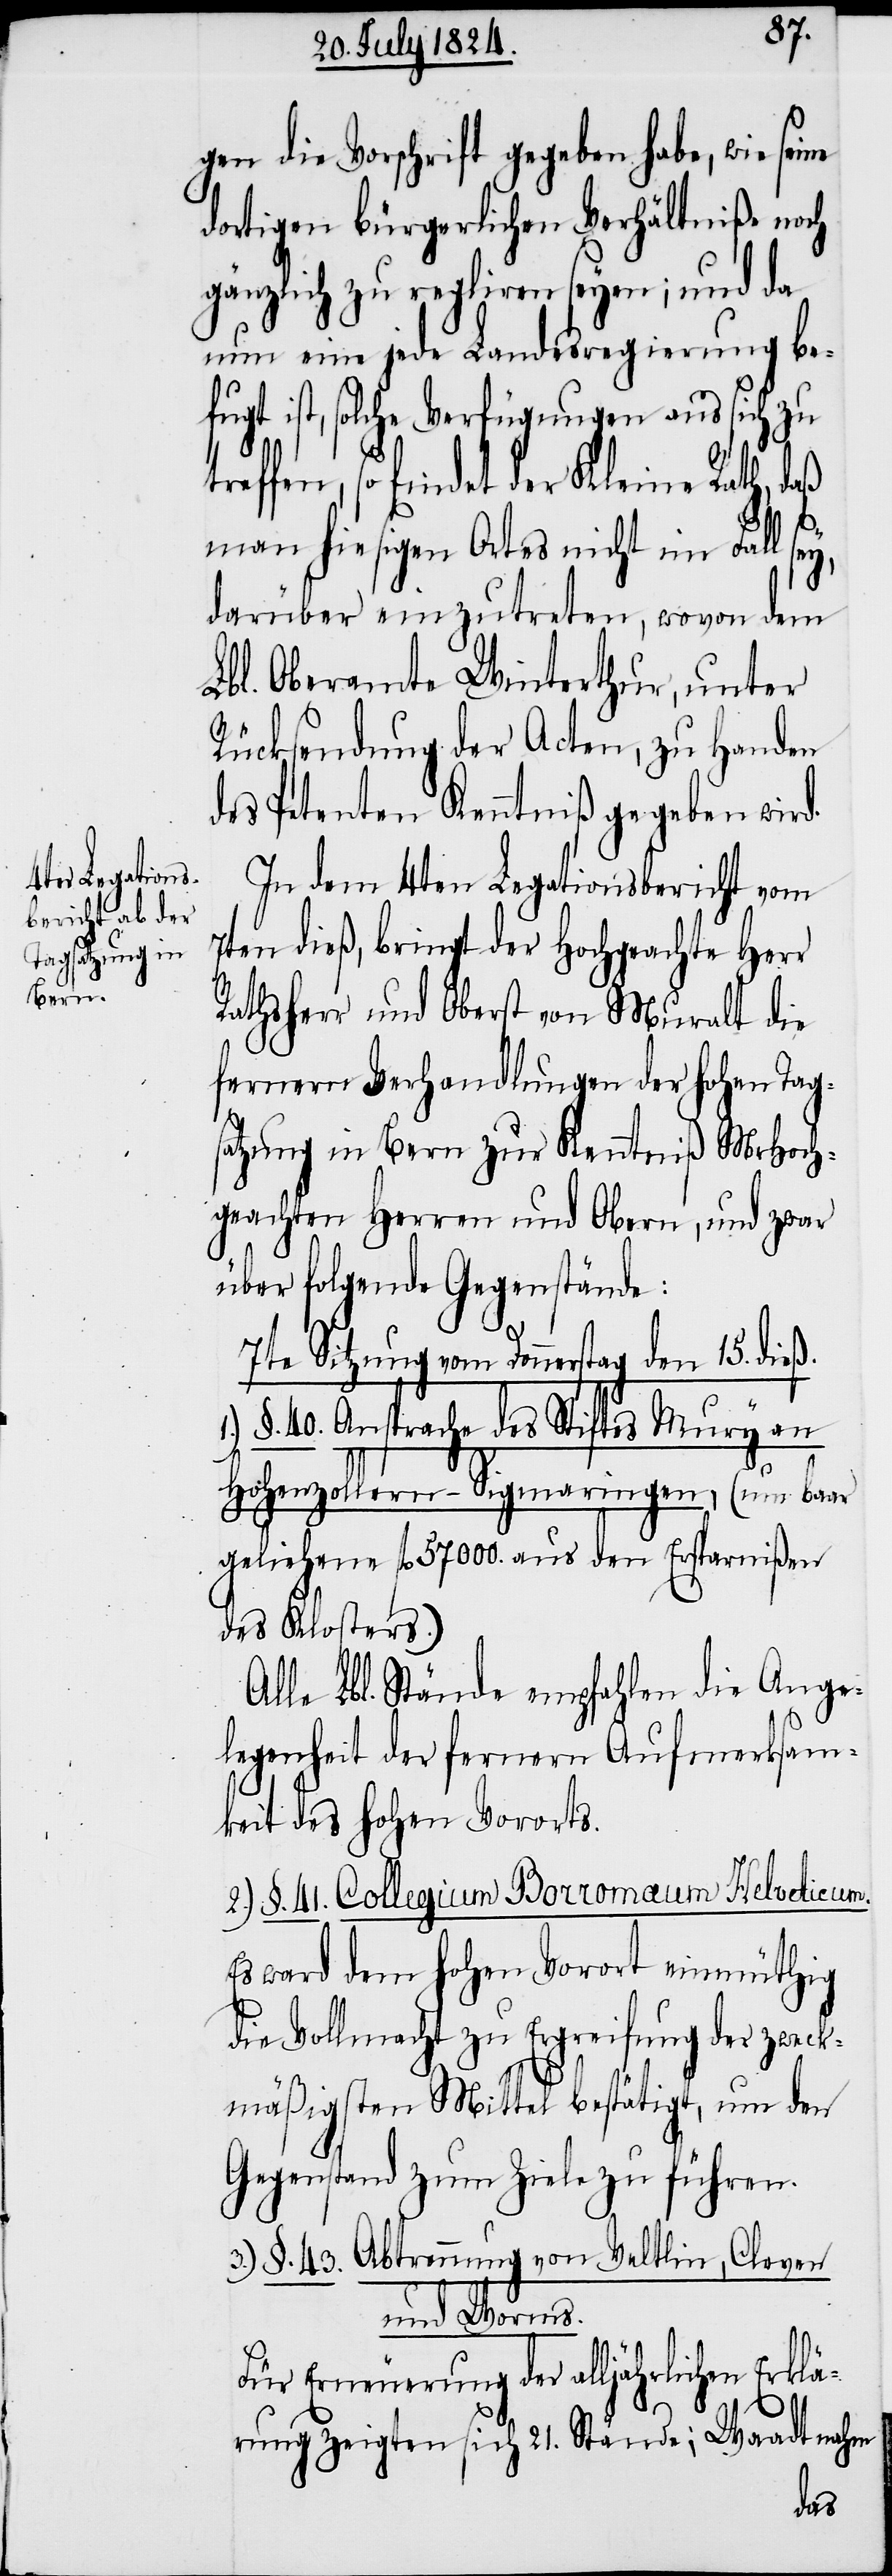
gen die Vorschrift gegeben habe, wie seine
dortigen bürgerlichen Verhältniße noch
gänzlich zu regliren seyen; und da
nun eine jede Landesregierung be¬
fugt ist, solche Verfügungen aus sich zu
treffen, so findet der Kleine Rath, daß
man hiesigen Ortes nicht im Fall
darüber einzutreten, wovon dem
Lbl. Oberamte Winterthur, unter
Rücksendung der Acten, zu Handen
des Petenten Kenntniß gegeben wird.
In dem 4ten Legationsbericht vom
7ten dieß, bringt der Hochgeachte Herr
Rathsherr und Oberst von Muralt die
fernern Verhandlungen der hohen Tag¬
satzung in Bern zur Kenntniß MHoch¬
geachten Herren und Obern, und zwar
über folgende Gegenstände:
7te Sitzung von Donnerstag den 15. dieß.
§. 40. Ansprache des Stiftes Mury an
Hohenzollern-Sigmaringen, (um baar
geliehene fl. 57000. aus den Ersparnißen
des Klosters.)
Alle Lbl. Stände empfahlen die Ange¬
legenheit der fernern Aufmerksam¬
keit des hohen Vororts.
2.) §. 41. Collegium Borromaeum Helveticum.
Es ward dem Hohen Vorort einmüthig
die Vollmacht zu Ergreifung der zweck¬
mäßigsten Mittel bestätigt, um den
Gegenstand zum Ziele zu führen.
3.) §. 43. Abtrennung von Veltlin, Cleven
und Worms.
Für Erneuerung der alljährlichen Erkl¬
ärung zeigten sich 21. Stände; Waadt nahm